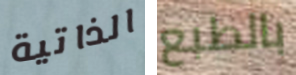
الذاتية بالطبع